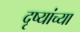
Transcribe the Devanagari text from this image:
दृष्यांच्या